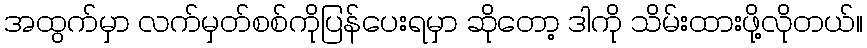
အထွက်မှာ လက်မှတ်စစ်ကိုပြန်ပေးရမှာ ဆိုတော့ ဒါကို သိမ်းထားဖို့လိုတယ်။